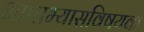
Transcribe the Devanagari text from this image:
भाषाभ्यासविषयक